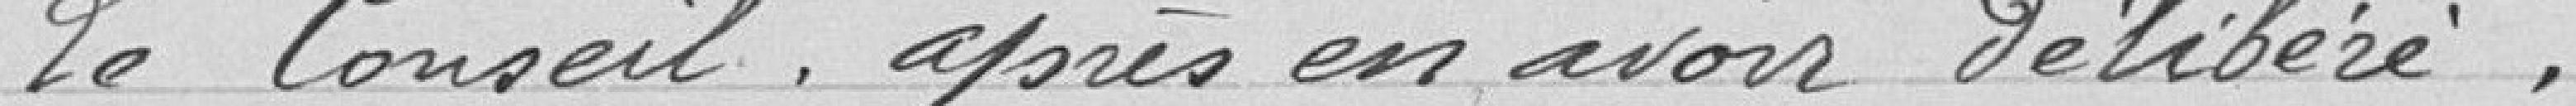
Le Conseil, après en avoir délibéré,